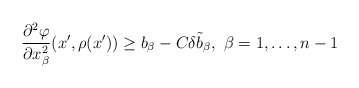
\begin{align*}\frac{\partial^2 \varphi}{\partial x_\beta^2} (x', \rho (x')) \geq b_\beta - C \delta \tilde{b}_\beta, \ \beta = 1, \ldots, n-1\end{align*}